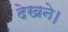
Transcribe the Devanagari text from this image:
देखने।